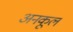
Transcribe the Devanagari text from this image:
अनकूल